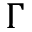
\Gamma